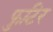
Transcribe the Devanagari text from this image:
फुटिर